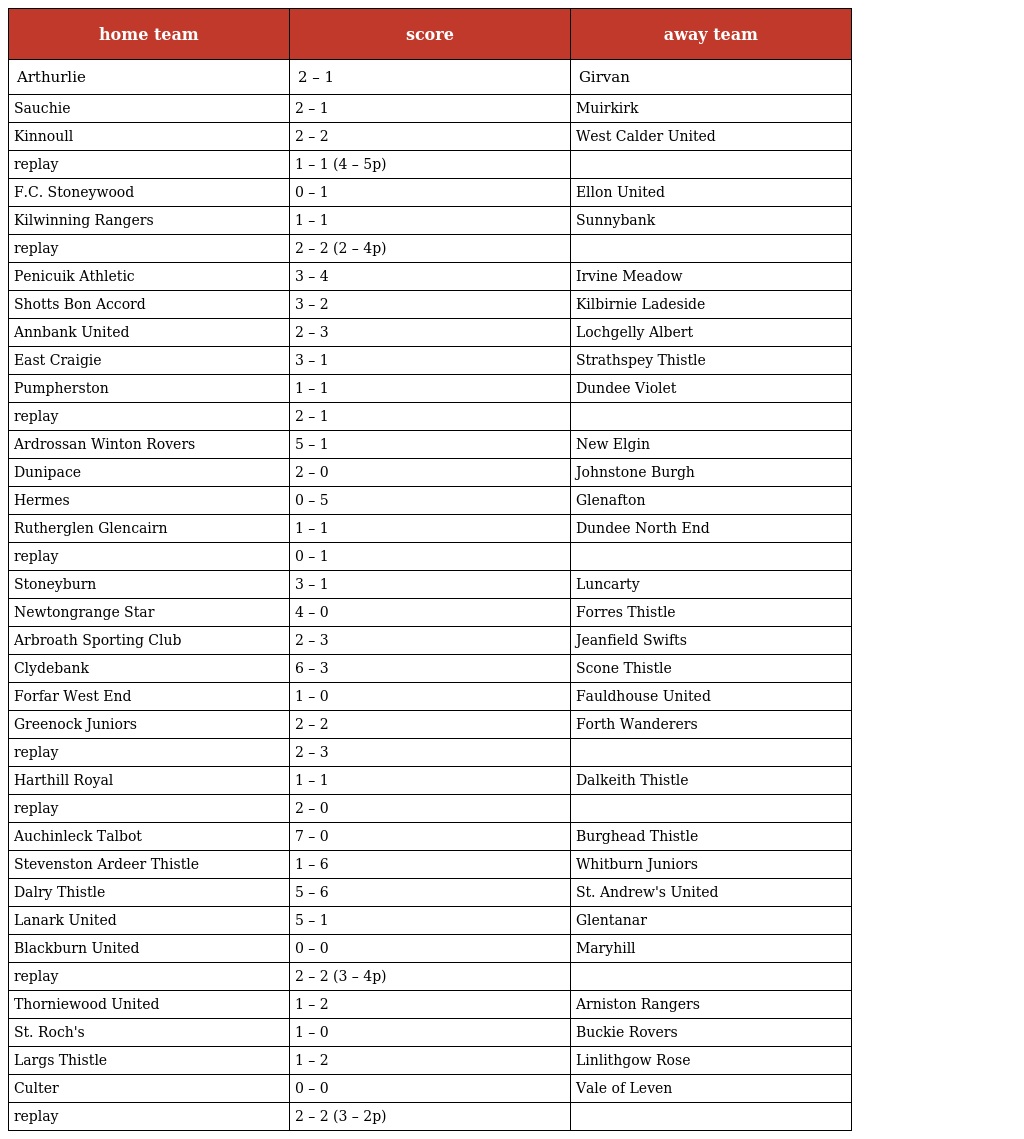
| home team | score | away team |
 | --- | --- | --- |
 | Arthurlie | 2 – 1 | Girvan |
 | Sauchie | 2 – 1 | Muirkirk |
 | Kinnoull | 2 – 2 | West Calder United |
 | replay | 1 – 1 (4 – 5p) |  |
 | F.C. Stoneywood | 0 – 1 | Ellon United |
 | Kilwinning Rangers | 1 – 1 | Sunnybank |
 | replay | 2 – 2 (2 – 4p) |  |
 | Penicuik Athletic | 3 – 4 | Irvine Meadow |
 | Shotts Bon Accord | 3 – 2 | Kilbirnie Ladeside |
 | Annbank United | 2 – 3 | Lochgelly Albert |
 | East Craigie | 3 – 1 | Strathspey Thistle |
 | Pumpherston | 1 – 1 | Dundee Violet |
 | replay | 2 – 1 |  |
 | Ardrossan Winton Rovers | 5 – 1 | New Elgin |
 | Dunipace | 2 – 0 | Johnstone Burgh |
 | Hermes | 0 – 5 | Glenafton |
 | Rutherglen Glencairn | 1 – 1 | Dundee North End |
 | replay | 0 – 1 |  |
 | Stoneyburn | 3 – 1 | Luncarty |
 | Newtongrange Star | 4 – 0 | Forres Thistle |
 | Arbroath Sporting Club | 2 – 3 | Jeanfield Swifts |
 | Clydebank | 6 – 3 | Scone Thistle |
 | Forfar West End | 1 – 0 | Fauldhouse United |
 | Greenock Juniors | 2 – 2 | Forth Wanderers |
 | replay | 2 – 3 |  |
 | Harthill Royal | 1 – 1 | Dalkeith Thistle |
 | replay | 2 – 0 |  |
 | Auchinleck Talbot | 7 – 0 | Burghead Thistle |
 | Stevenston Ardeer Thistle | 1 – 6 | Whitburn Juniors |
 | Dalry Thistle | 5 – 6 | St. Andrew's United |
 | Lanark United | 5 – 1 | Glentanar |
 | Blackburn United | 0 – 0 | Maryhill |
 | replay | 2 – 2 (3 – 4p) |  |
 | Thorniewood United | 1 – 2 | Arniston Rangers |
 | St. Roch's | 1 – 0 | Buckie Rovers |
 | Largs Thistle | 1 – 2 | Linlithgow Rose |
 | Culter | 0 – 0 | Vale of Leven |
 | replay | 2 – 2 (3 – 2p) |  |